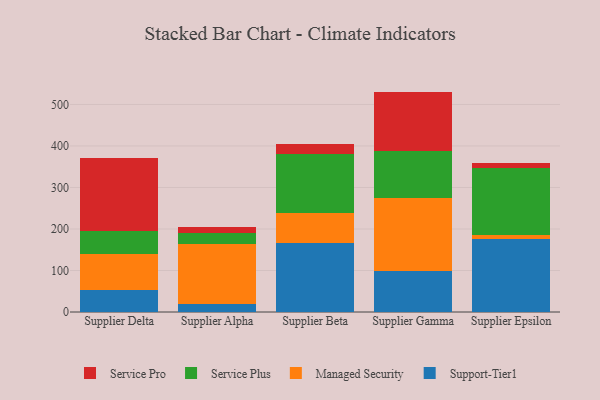
{"axis": {"x": "Supplier", "y": "Churn Rate (%)"}, "legend": ["Managed Security", "Service Plus", "Service Pro", "Support-Tier1"], "data": [{"x": "Supplier Delta", "y": 52.6, "type": "Support-Tier1"}, {"x": "Supplier Delta", "y": 88.0, "type": "Managed Security"}, {"x": "Supplier Delta", "y": 54.3, "type": "Service Plus"}, {"x": "Supplier Delta", "y": 176.0, "type": "Service Pro"}, {"x": "Supplier Alpha", "y": 20.1, "type": "Support-Tier1"}, {"x": "Supplier Alpha", "y": 144.3, "type": "Managed Security"}, {"x": "Supplier Alpha", "y": 26.8, "type": "Service Plus"}, {"x": "Supplier Alpha", "y": 12.4, "type": "Service Pro"}, {"x": "Supplier Beta", "y": 165.9, "type": "Support-Tier1"}, {"x": "Supplier Beta", "y": 72.6, "type": "Managed Security"}, {"x": "Supplier Beta", "y": 142.4, "type": "Service Plus"}, {"x": "Supplier Beta", "y": 23.1, "type": "Service Pro"}, {"x": "Supplier Gamma", "y": 98.4, "type": "Support-Tier1"}, {"x": "Supplier Gamma", "y": 175.5, "type": "Managed Security"}, {"x": "Supplier Gamma", "y": 113.6, "type": "Service Plus"}, {"x": "Supplier Gamma", "y": 143.5, "type": "Service Pro"}, {"x": "Supplier Epsilon", "y": 175.5, "type": "Support-Tier1"}, {"x": "Supplier Epsilon", "y": 10.0, "type": "Managed Security"}, {"x": "Supplier Epsilon", "y": 162.0, "type": "Service Plus"}, {"x": "Supplier Epsilon", "y": 12.1, "type": "Service Pro"}]}